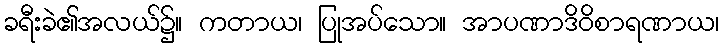
ခရီးခဲ၏အလယ်၌။ ကတာယ၊ ပြုအပ်သော။ အာပဏာဒိဝိစာရဏာယ၊